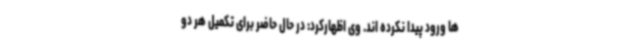
ها ورود پیدا نکرده اند. وی اظهارکرد: در حال حاضر برای تکمیل هر دو